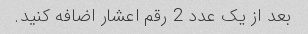
بعد از یک عدد 2 رقم اعشار اضافه کنید.